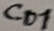
Text: Co1